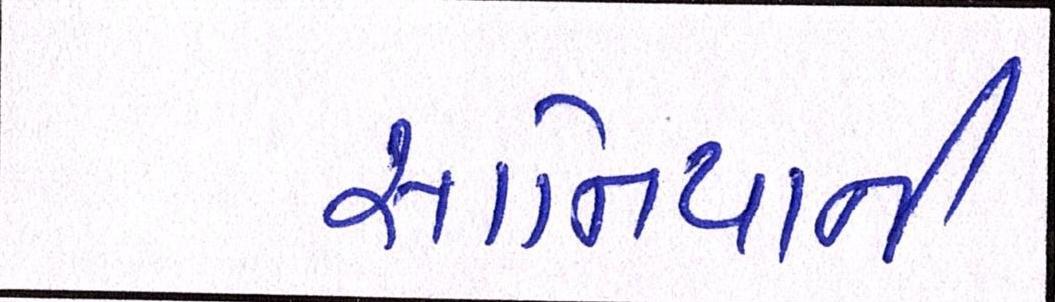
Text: સાનિયાની